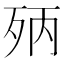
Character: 𣧰